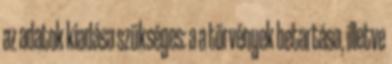
az adatok kiadása szükséges: a a törvények betartása, illetve